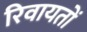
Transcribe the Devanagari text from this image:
रिवायतों